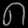
Digit: ၈